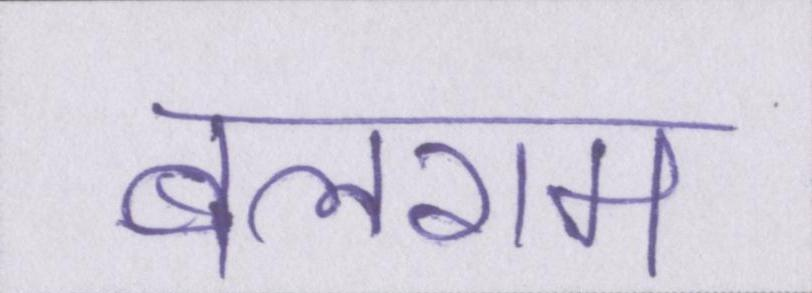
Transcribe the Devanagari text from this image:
बलराम